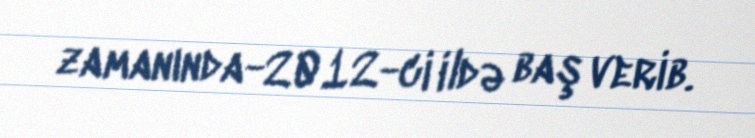
zamanında-2012-ci ildə baş verib.